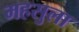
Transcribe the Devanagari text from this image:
महसुला